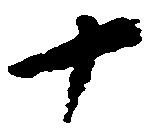
十